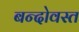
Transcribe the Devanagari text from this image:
बन्दोवस्त